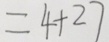
= 4 + 2 7